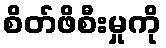
စိတ်ဖိစီးမှုကို